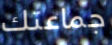
جماعتك